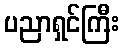
ပညာရှင်ကြီး